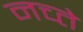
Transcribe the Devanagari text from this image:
नच्ते